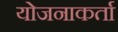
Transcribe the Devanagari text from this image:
योजनाकर्ता